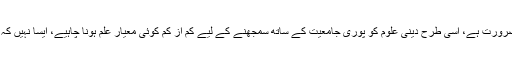
لیکن جس طرح مغربی فلسفے کو سمجھنے کے لیے انگریزی زبان اور جدید علوم کی ضرورت ہے، اسی طرح دینی علوم کو پوری جامعیت کے ساتھ سمجھنے کے لیے کم از کم کوئی معیارِ علم ہونا چاہیے، ایسا نہیں کہ دین کو بازیچۂ اطفال بنادیا جائے، جیساکہ آج کل اس کے مظاہر دیکھنے میں آرہے ہیں۔